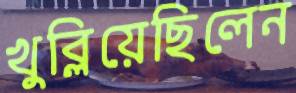
খুব্‌লিয়েছিলেন